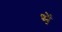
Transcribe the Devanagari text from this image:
भें